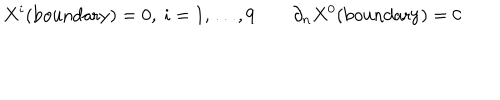
X ^ { i } ( \mathrm { b o u n d a r y } ) = 0 , ~ i = 1 , \dots , 9 \qquad \partial _ { n } X ^ { 0 } ( \mathrm { b o u n d a r y } ) = 0